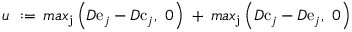
u \ : = \, m a x _ { \mathrm { j } } \left( D \mathrm { e } _ { j } - D \mathrm { c } _ { j } , \ 0 \right) \ + \, m a x _ { \mathrm { j } } \left( D \mathrm { c } _ { j } - D \mathrm { e } _ { j } , \ 0 \right)